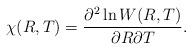
LaTeX: \begin{align*}\chi (R,T) = \frac{\partial ^{2} \ln W(R,T)}{\partial R \partial T}.\end{align*}